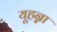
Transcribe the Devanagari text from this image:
यूहन्ना